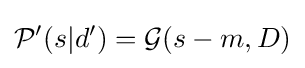
{\mathcal {P}}'(s|d')={\mathcal {G}}(s-m,D)